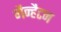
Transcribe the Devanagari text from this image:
मैन्हैटन